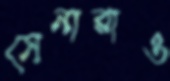
সেনারাও